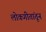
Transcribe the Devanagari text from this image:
लोकगीतांतून